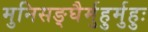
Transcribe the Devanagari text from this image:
मुनिसङ्घैर्मुहुर्मुहुः